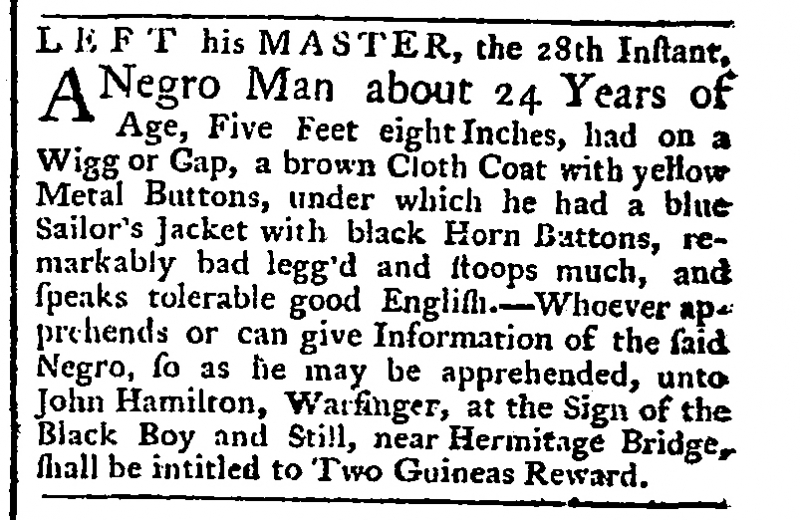
Public Ledger, Or, Daily Register of Commerce and Intelligence, 1 December 1761 (England)
LEFT his MASTER, the 28th Instant, A Negro Man, about 24 Years of Age, Five Feet eight Inches, had on a Wigg or Cap, a brown Cloth Coat with yellow Metal Buttons, under which he had a blue Sailor’s Jacket with black Horn Buttons, remarkably bad legg’d and stoops much, and speaks tolerable good English. – Whoever apprehends or can give Information of the said Negro, so as he may be apprehended, unto John Hamilton, Warfinger, at the Sign of the Black Boy and Still, near Hermitage Bridge, shall be intitled to Two Guineas Reward.